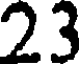
23